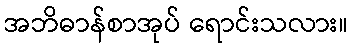
အဘိဓာန်စာအုပ် ရောင်းသလား။